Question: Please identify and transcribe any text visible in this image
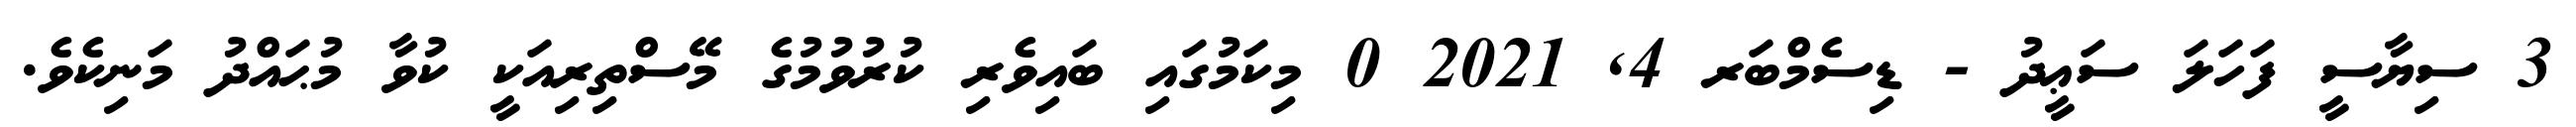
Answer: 3 ސިޔާސީ ފަހަލަ ސަޢީދު - ޑިސެމްބަރ 4, 2021 0 މިކަމުގައި ބައިވެރި ކުރުވުމުގެ މޭސްތިރިއަކީ ކުވާ މުޙައްދު މަނިކެވެ.